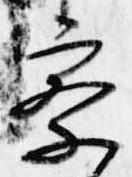
察